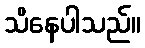
သိနေပါသည်။